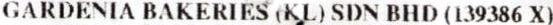
GARDENIA BAKERIES (KL) SDN BHD (139386 X)